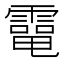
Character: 𩅐